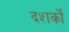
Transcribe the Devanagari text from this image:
दशर्कों